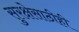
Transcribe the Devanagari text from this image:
सुरक्षेसाठीही